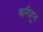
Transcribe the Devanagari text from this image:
वारीहून